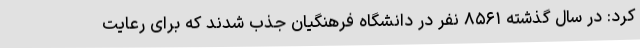
کرد: در سال گذشته ۸۵۶۱ نفر در دانشگاه فرهنگیان جذب شدند که برای رعایت